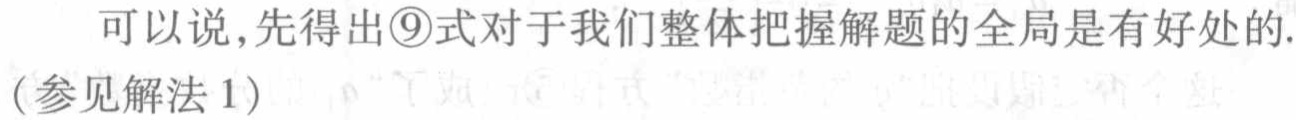
可以说,先得出\textcircled{9}式对于我们整体把握解题的全局是有好处的.(参见解法 1)